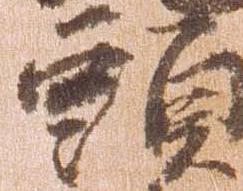
頭